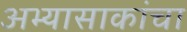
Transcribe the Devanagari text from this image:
अभ्यासाकांचा